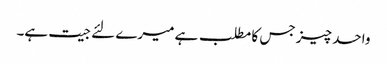
واحد چیز جس کا مطلب ہے میرے لئے جیت ہے۔